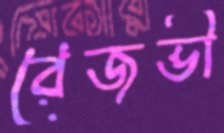
রেজভী